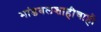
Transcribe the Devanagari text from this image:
भांडवलशाहीचाही